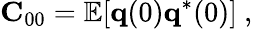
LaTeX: {\mathbf C}_{00}=\mathbb{E}[{\mathbf q}(0){\mathbf q}^{*}(0)]\mathrm{~,~}